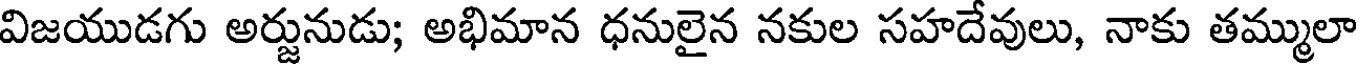
విజయుడగు అర్జునుడు; అభిమాన ధనులైన నకుల సహదేవులు, నాకు తమ్ములా